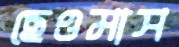
ছেওমাস